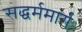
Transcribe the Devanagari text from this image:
सद्धर्ममार्ग